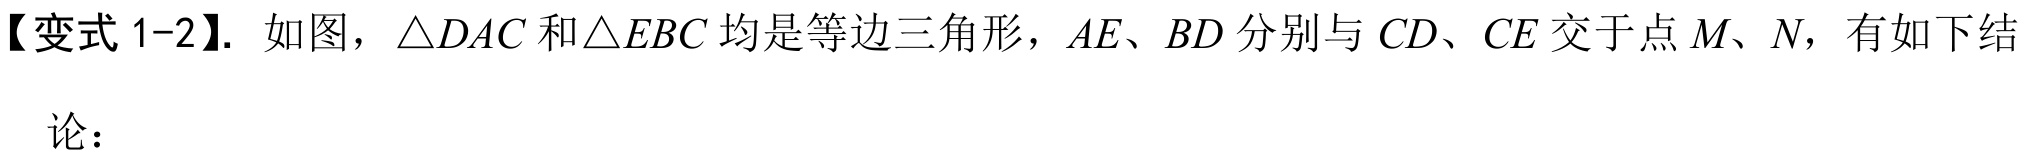
【变式 1-2】. 如图，\(\triangle DAC\)和\(\triangle EBC\)均是等边三角形，\(AE\)、\(BD\)分别与\(CD\)、\(CE\)交于点\(M\)、\(N\)，有如下结
论：